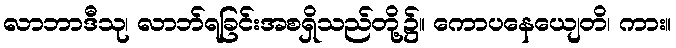
လာဘာဒီသု၊ လာဘ်ရခြင်းအစရှိသည်တို့၌။ ကောပနေယျေတိ၊ ကား။